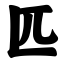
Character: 匹